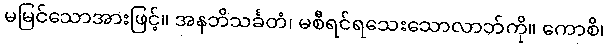
မမြင်သောအားဖြင့်။ အနဘိသင်္ခတံ၊ မစီရင်ရသေးသောလာဘ်ကို။ ကောစိ၊